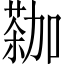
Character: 𫉕